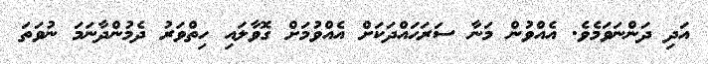
އަދި ދަންނަވަމެވެ. އެއްވުން މަނާ ސަރަޙައްދަކަށް އެއްވުމަށް ގޮވާލައި ހިތްވަރު ދެމުންދާނަމަ ނުވަތަ